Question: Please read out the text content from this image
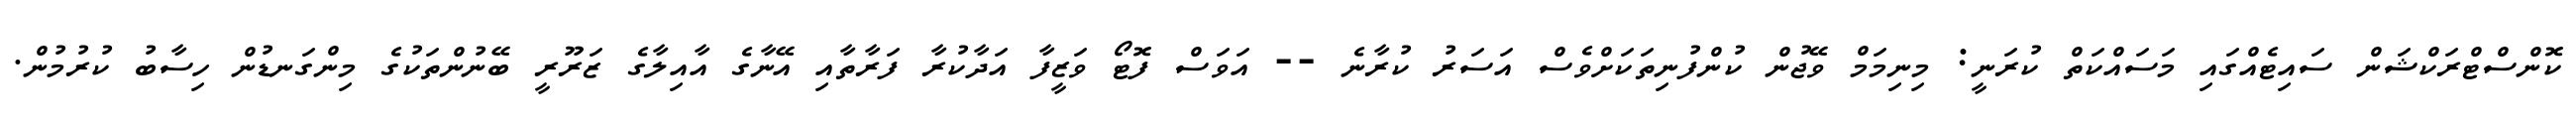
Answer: ކޮންސްޓްރަކްޝަން ސައިޓެއްގައި މަސައްކަތް ކުރަނީ: މިނިމަމް ވޭޖުން ކުންފުނިތަކަށްވެސް އަސަރު ކުރާނެ -- އަވަސް ފޮޓޯ ވަޒީފާ އަދާކުރާ ފަރާތާއި އޭނާގެ އާއިލާގެ ޒަރޫރީ ބޭނުންތަކުގެ މިންގަނޑުން ހިސާބު ކުރުމުން.